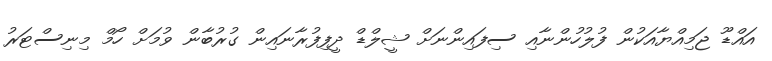
އައްޑޫ ޖަމިއްޔާއަކުން ފުލުހުންނާއި ސިފައިންނަށް ޝީލްޑް ދީފިފުރާނައިން ގުރުބާން ވުމަށް ހޯމް މިނިސްޓަރު